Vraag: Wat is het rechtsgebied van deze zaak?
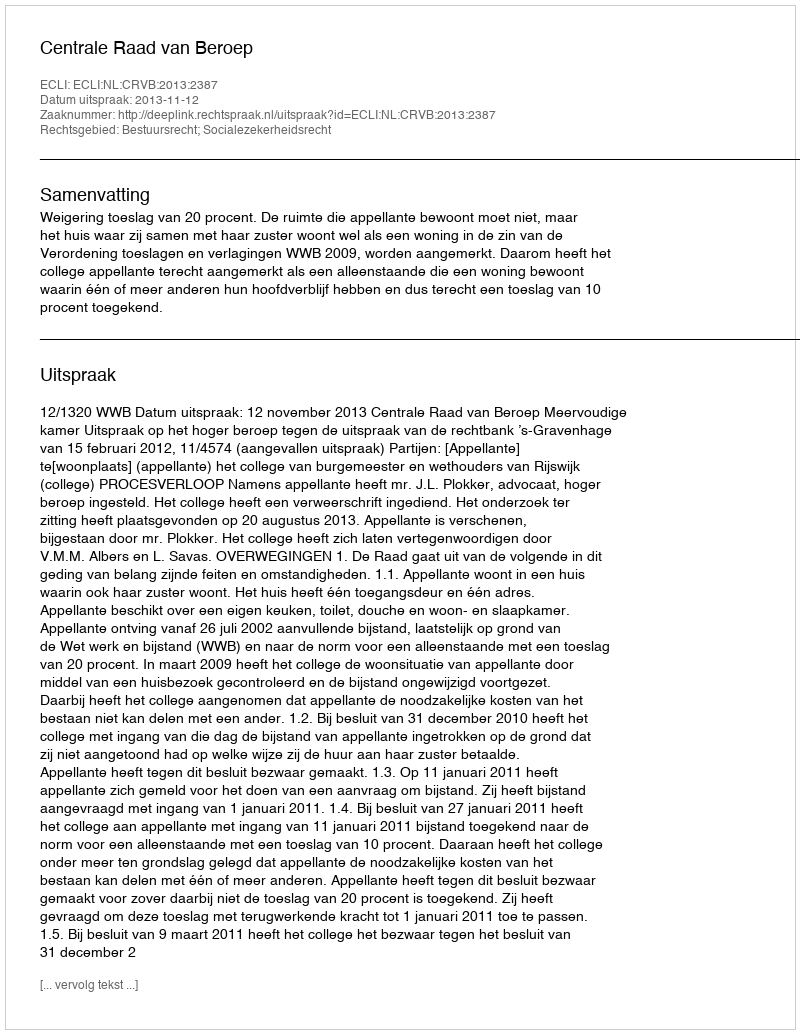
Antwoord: Bestuursrecht; Socialezekerheidsrecht